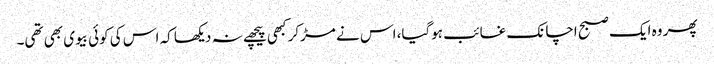
پھر وہ ایک صبح اچانک غائب ہوگیا، اس نے مڑکر کبھی پیچھے نہ دیکھا کہ اس کی کوئی بیوی بھی تھی۔